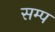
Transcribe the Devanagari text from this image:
सम्प